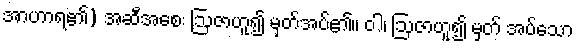
အာဟာရ၏) အဆီအစေး ဩဇာဟူ၍ မှတ်အပ်၏။ ဝါ၊ ဩဇာဟူ၍ မှတ် အပ်သော